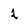
Character: 2